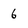
Character: 6